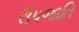
ઉપજાતિ